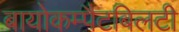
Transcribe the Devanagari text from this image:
बायोकम्पैटबिलटी